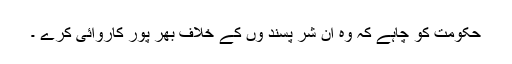
حکومت کو چاہے کہ وہ ان شر پسند وں کے خلاف بھر پور کاروائی کرے ۔